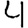
Digit: 4